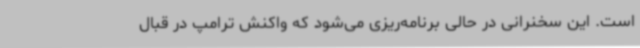
است. این سخنرانی در حالی برنامه‌ریزی می‌شود که واکنش ترامپ در قبال